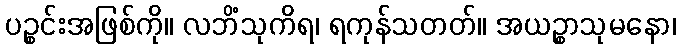
ပဉ္စင်းအဖြစ်ကို။ လဘိံသုကိရ၊ ရကုန်သတတ်။ အယဉ္စာသုမနော၊